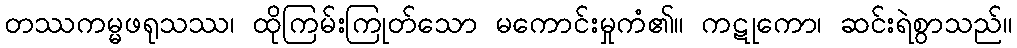
တဿကမ္မဖရုသဿ၊ ထိုကြမ်းကြုတ်သော မကောင်းမှုကံ၏။ ကဋုကော၊ ဆင်းရဲစွာသည်။